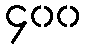
၄၀၀